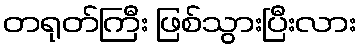
တရုတ်ကြီး ဖြစ်သွားပြီးလား